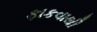
ફાકવાથી